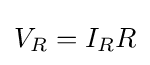
V_{R}=I_{R}R\,\!